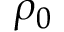
\rho _ { 0 }